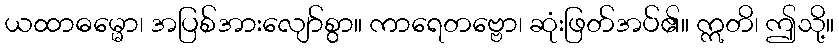
ယထာဓမ္မော၊ အပြစ်အားလျော်စွာ။ ကာရေတဗ္ဗော၊ ဆုံးဖြတ်အပ်၏။ ဣတိ၊ ဤသို့။